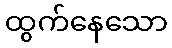
ထွက်နေသော